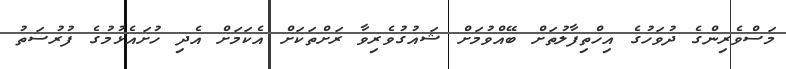
މަސްވެރިންގެ ދުވަހުގެ އިހްތިފާލުތަށް ބޭއްވުމަށް ޝައުގުވެރިވާ ރަށްތަކަށް އެކަމަށް އެދި ހުށައެޅުމުގެ ފުރުސަތު